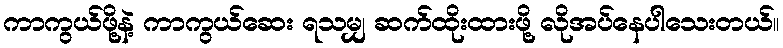
ကာကွယ်ဖို့နဲ့ ကာကွယ်ဆေး ရသမျှ ဆက်ထိုးထားဖို့ လိုအပ်နေပါသေးတယ်။